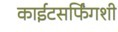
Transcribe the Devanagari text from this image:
काईटसर्फिंगशी